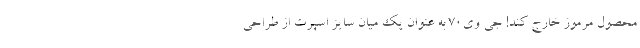
محصول مرموز خارج کند! جی وی70 به عنوان یک میان سایز اسپرت از طراحی